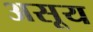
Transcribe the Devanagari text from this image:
असूय